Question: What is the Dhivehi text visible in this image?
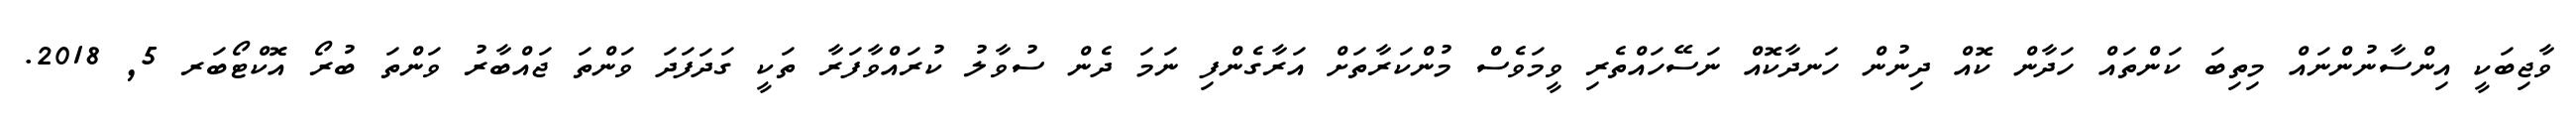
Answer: ވާޖިބަކީ އިންސާނުންނައް މިތިބަ ކަންތައް ހަދާން ކޮއް ދިނުން ހަނދާކޮއް ނަސޭހައްތެރި ވީމަވެސް މުންކަރާތަށް އަރާގެންފި ނަމަ ދެން ސުވާލު ކުރައްވާފަރާ ތަކީ ގަދަފަދަ ވަންތަ ޖައްބާރު ވަންތަ ބުރޯ އޮކްޓޯބަރ 5, 2018.